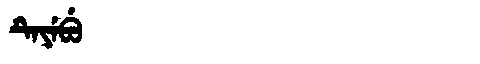
Manchu: ᡨᡝᠶᡝᠪᡠ
Romanization: TEYEBU